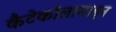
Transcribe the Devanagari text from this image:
कैटेकोलामाइन